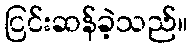
ငြင်းဆန်ခဲ့သည်။